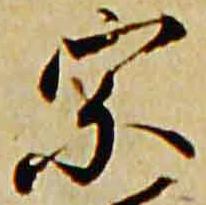
宗